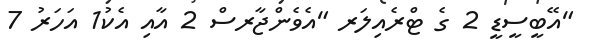
"އޭބީސީޑީ 2 ގެ ޓްރެއިލަރ "އެވެންޖާރސް 2 އާއި އެކު1 އަހަރު 7